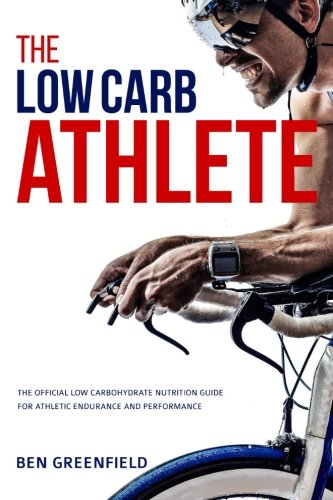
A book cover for The Low-Carb Athlete: The Official Low-Carbohydrate Nutrition Guide for Endurance and Performance; Ben Greenfield; Health, Fitness & Dieting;